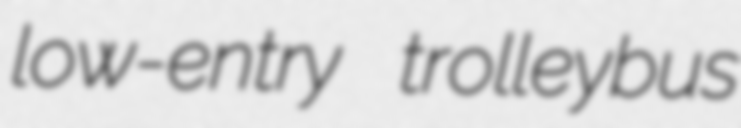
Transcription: low-entry trolleybus